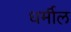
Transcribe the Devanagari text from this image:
धर्मील